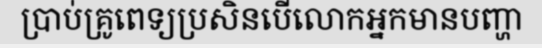
ប្រាប់គ្រូពេទ្យប្រសិនបើលោកអ្នកមានបញ្ហា